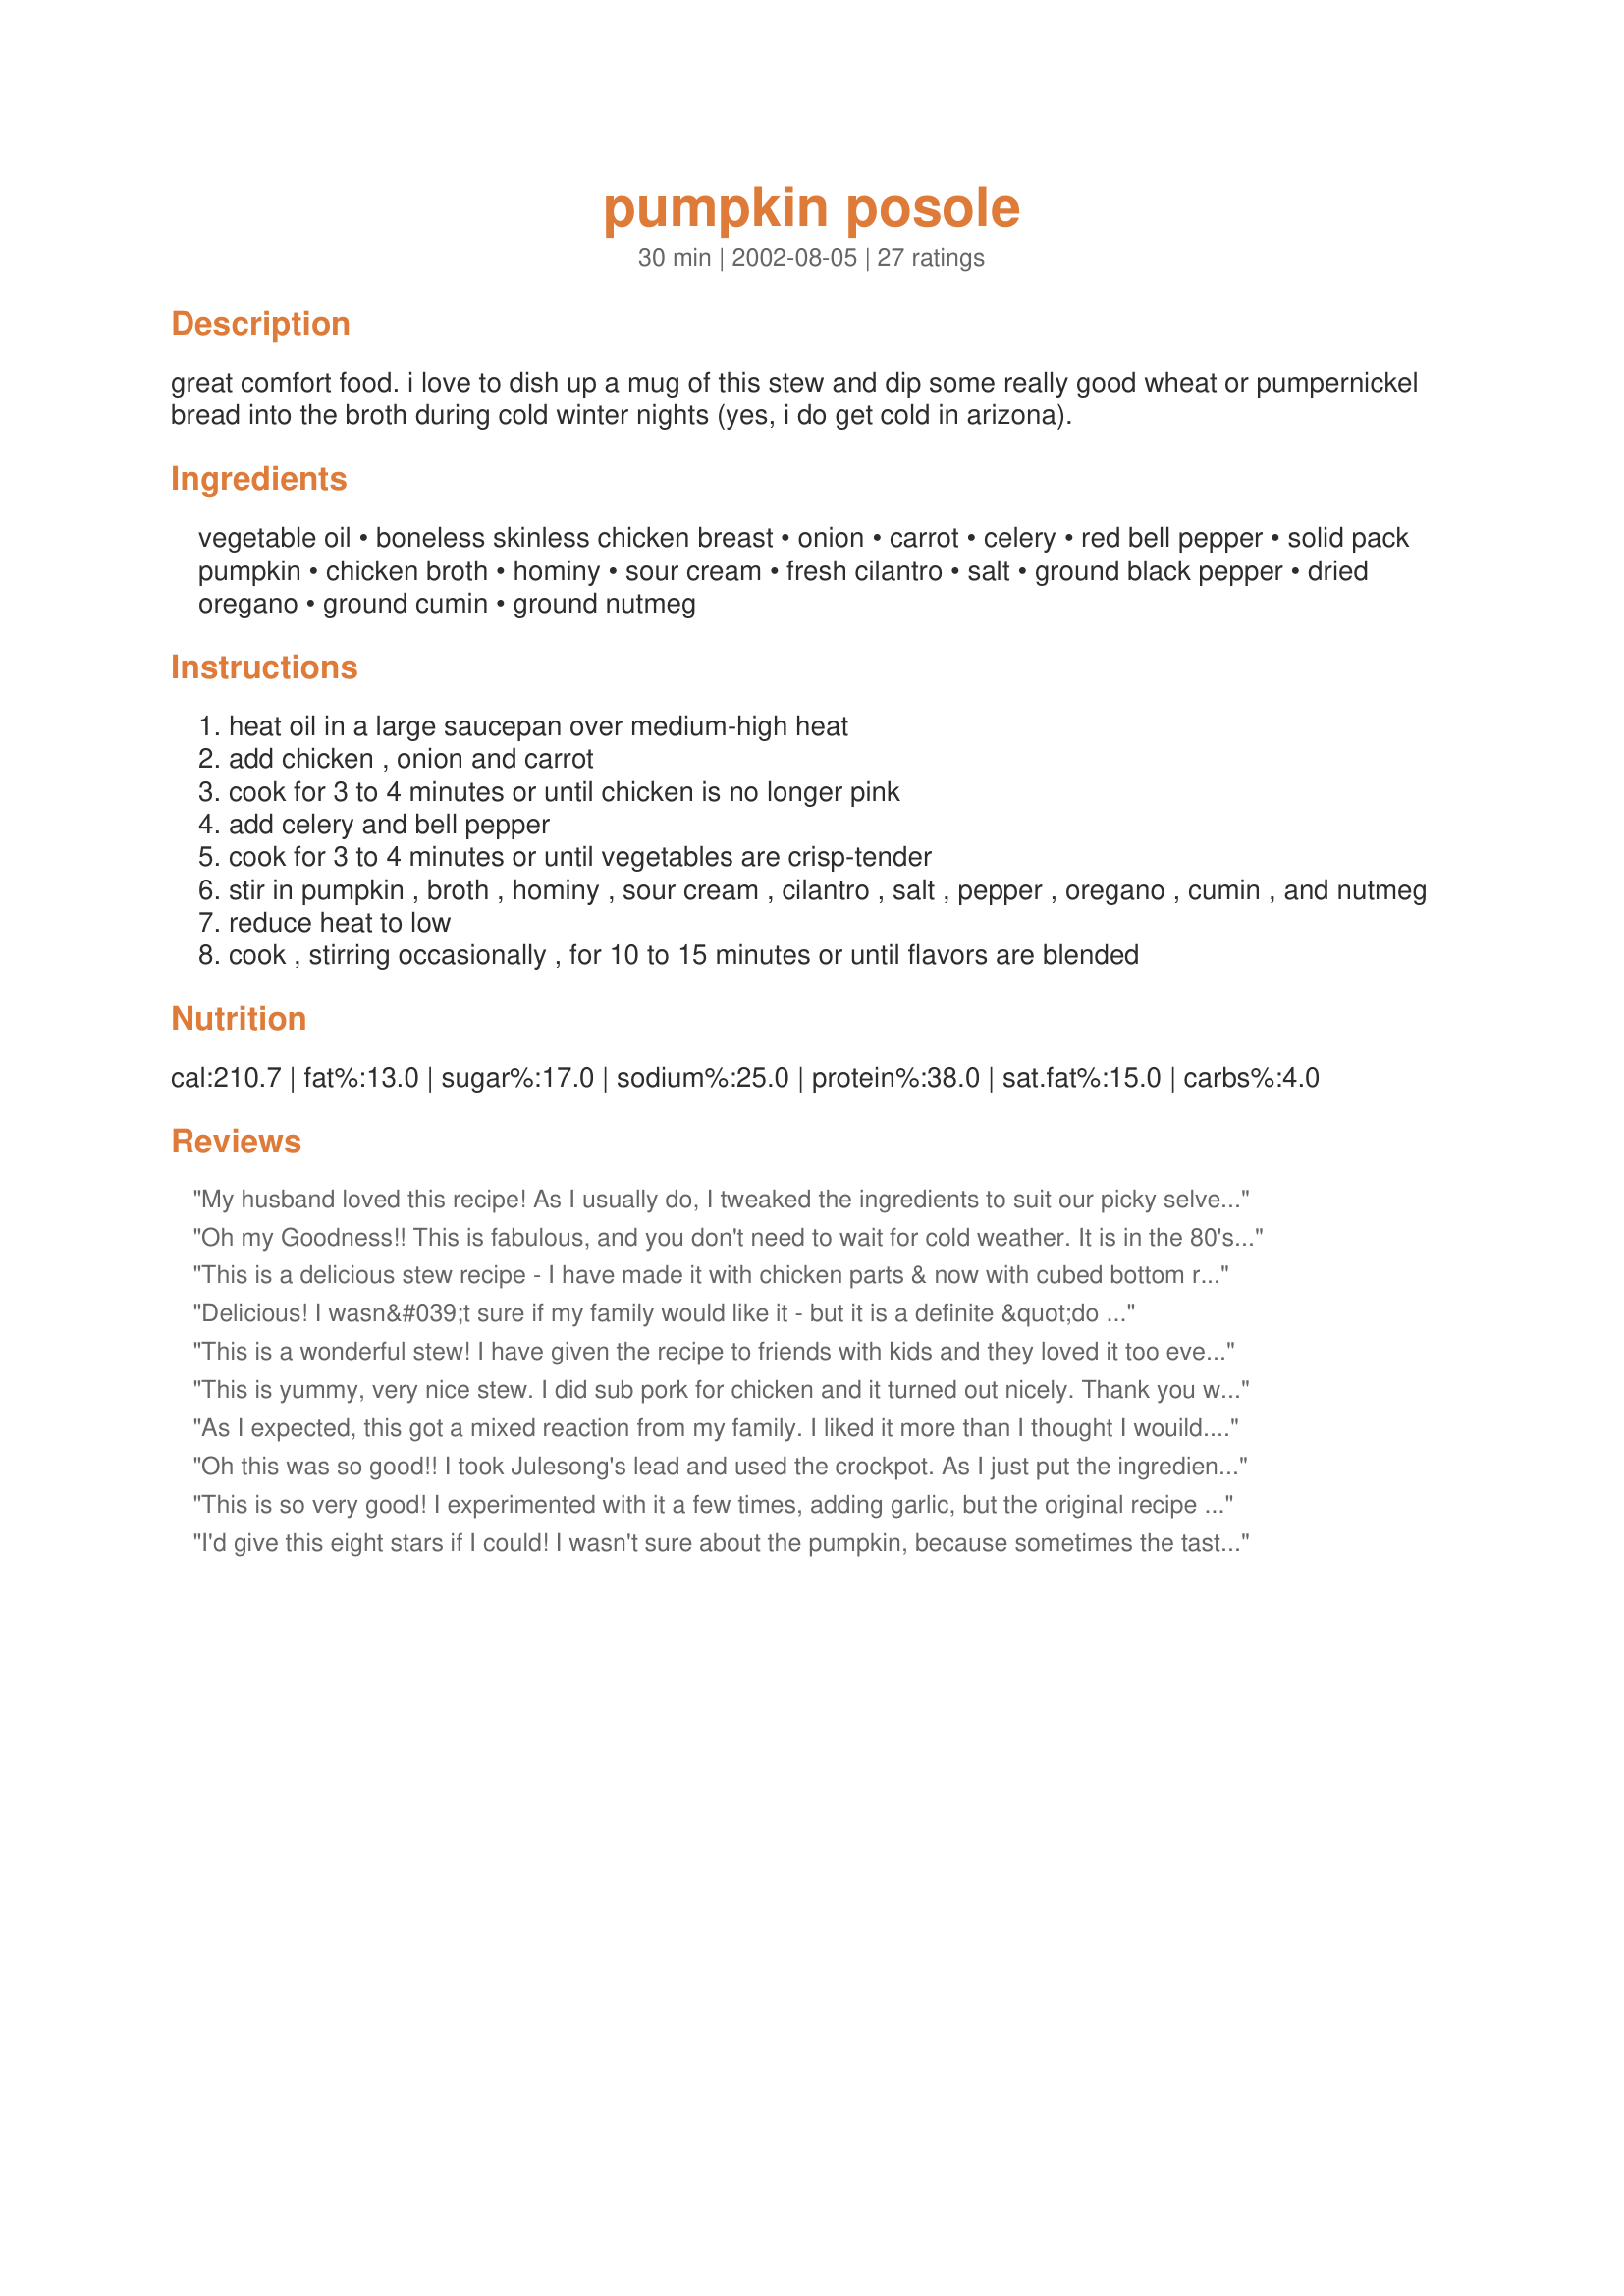
pumpkin posole
Preparation time: 30 minutes

great comfort food. i love to dish up a mug of this stew and dip some really good wheat or pumpernickel bread into the broth during cold winter nights (yes, i do get cold in arizona).

Ingredients:
vegetable oil, boneless skinless chicken breast, onion, carrot, celery, red bell pepper, solid pack pumpkin, chicken broth, hominy, sour cream, fresh cilantro, salt, ground black pepper, dried oregano, ground cumin, ground nutmeg

Steps:
heat oil in a large saucepan over medium-high heat
add chicken , onion and carrot
cook for 3 to 4 minutes or until chicken is no longer pink
add celery and bell pepper
cook for 3 to 4 minutes or until vegetables are crisp-tender
stir in pumpkin , broth , hominy , sour cream , cilantro , salt , pepper , oregano , cumin , and nutmeg
reduce heat to low
cook , stirring occasionally , for 10 to 15 minutes or until flavors are blended

Reviews:
My husband loved this recipe! As I usually do, I tweaked the ingredients to suit our picky selves. The recipe didn't need much changing; I didn't use any chicken, and I left out the sour cream. Also, when the soup was finished cooking, I pureed half of it with my hand blender to make it nice and creamy and thick. I loved the cilantro and used some for a garnish, as well as quick a few healthy dashes of hot sauce. I know my husband will be asking for this again.
Oh my Goodness!! This is fabulous, and you don't need to wait for cold weather. It is in the 80's in Florida and I have a big pot of Pumpkin Pasole on my stove. We have been "sampling" it for the last 10 minutes waiting for it to simmer as directed. This will be a favorite of ours. Thanks
from Carole in Orlando
This is a delicious stew recipe - I have made it with chicken parts & now with cubed bottom roast (DH ate the chicken I was going to use). Using beef & beef stock made for a wonderful filling stew - I did add about a cup of canned diced tomato after browning the beef & both times increased the fresh ground cumin to about 1 1/2- 2 t. The nutmeg is a surprisingly delicious addition - it really is nice. Left out the sour cream as I want to avoid the curdling risk when re-heating & am avoiding the calories. We love pumpkin - a great source of vitamins & fiber. Thank you Amber of AZ! We will use this recipe (& rifts there of) often!
Delicious! I wasn&#039;t sure if my family would like it - but it is a definite &quot;do over&quot;. I didn&#039;t really measure anything, just kind of eyeballed. I also had to substitute corn for hominy, and didn&#039;t have any cilantro either. I definitely will try again with the hominy &amp; cilantro. Thanks for the recipe.
This is a wonderful stew! I have given the recipe to friends with kids and they loved it too even after turning up their noses at pumpkin. 

I have substituted yoghurt with good results and also made it with sweet potatoes rather than pumpkin and love it that way too.

Thank you so much for this recipe.
This is yummy, very nice stew. I did sub pork for chicken and it turned out nicely. Thank you will be making this again.
As I expected, this got a mixed reaction from my family. I liked it more than I thought I wouild. I made very minor adjustments in seasonings. The kids thought the color was just too strange and couldn't get past it. I would make this again just for me when I want something different. Thanks for posting.
Oh this was so good!! I took Julesong's lead and used the crockpot. As I just put the ingredients in the slow cooker I omitted the oil (as things were not first browned). I was a little fluid in measurements (less celery but more carrots) and I swapped a green pepper for red as I didn't have any red (and they were $7.81 a pound at the health food store today! Granted that is higher then the regular grocery store but really!). I loved the mouth feel that the hominy gave and I will probably use it in more dishes. I used fat free sour creme which worked just fine. Next time I may tone down the cilantro just a pinch, but it was so good that I don't think that is a necessity. Really warm comforting stuff. I served it with green onion biscuits and it was well received by the whole family. Thanks so much!!
This is so very good! I experimented with it a few times, adding garlic, but the original recipe is still the best to me. When I serve it I add a dollup of sour cream and some more cilantro, some serrano pepper slices and some avacado and squeeze of lime as recommended. I crave this stuff!
I'd give this eight stars if I could! I wasn't sure about the pumpkin, because sometimes the taste is overpowering, but this ROCKED! The pumpkin lent a richness, and a glorious color, but otherwise we couldn't taste it. 
 I made it last night, and I'm making it again today before the the rest of the cilantro goes bad.....gonna freeze it. 
 I used yogurt instead of sour cream, but otherwise followed it to a T. YUM YUM YUM!
made this for my pumpkin feast I do every halloween, and it was a sensation!, everone loved it. I didnt have any homeny for I just left it out, and I used Ground chicken instead of Pieces. FOlks are still asking me for the recipe, THanks for your submission of this great recipe
I made this stew on a cold damp rainy day and it was everything your description said it was. Very warming and delicious stew. Thank you Amber for sharing the recipe
Felt like it was missing something...I didn't put bell pepper (DH doesn't like it), but did everything else. Added a bit more pepper and cumin. It tasted much better with some Tapatio, though. I might doctor it up for burritos...add some chiles, canned tomatoes (like other posters)...? I don't know...
I don't have hominy in my pantry supplies and subbed in corn and used parsley. It was an okay dish.
We LOVED this pozole! My niece doesn't eat pumpkin, but she loved this, and asked for leftovers to take home! WOW! We added sliced radishes and shredded cabbage at serving and lots of lime, too! That's pozole for us, so we couldn't help ourselves. YUM! Thank you Amber for a recipe that really suits our family!
Very good! I just added a few dashes more of cumin and a bit of chili powder while cooking, and then some fresh jalapeno and extra cilantro on top as served.I just like things spicy! Very comforting. Oh and I didnt seem to have enough chicken so I threw in some extra hominy and about a half cup or so black beans. Turned out really good!
WOW what a hit this was!
Everyone loved it. I used the crockpot method and it was so easy and I didn't have to brown the chicken first. I used freshly cooked pumpkins so I had some puree as well as 1cup of diced pumpkin (adds some color to it too). I forgot to add the sour cream after, but it didn't need it anyways.. still delicious. Thank you very much, we will be making this again. =)
This was really good, but it felt like it was missing something (a spice??). I also felt that the sour cream was unneccessary, so I will leave it out next time. My husband and I just LOVED the hominy -- it really added something special. We will make this one again in the slowcooker and experiment with new spices.
My son found this recipe, as he wanted to use a squash he'd bought. I cooked the squash in the microwave, and diced half, to use in the recipe. We added 2 small poblanos from our garden along with other veggies. I stirred a carton of greek yogurt in for the sour cream; however it didn't do much. We added a spoonful onto each bowl and garnished with more cilantro. Paired nicely with a pumpkin ale and some hearty bread. Great stew.
Yummers! I added some pickled jalapeno and liquid from the jar for a little heat.
Wow, this is yummy! :) I cooked it in a crockpot on high for 4 1/2 hours (putting it all in at once, except for the sour cream and cumin added in the last 30 minutes). I didn't have celery, so I used fennel (cooked texture is very similar). I added a can of Rotel tomatoes. This is a recipe we'll be making again!!
Giving it 3 stars for the nutritional value but as far as flavor, we thought it was very bland. I followed the recipe exactly as written &amp; used parsley for the sub. for cilantro. Sorry but this crew just thought it was tasteless.
A tasty dish, definitely different. A few tweeks-simmered 30 minutes for vegetables to fully soften (I cut them chunky). Increased cumin to 3/4 t and upped the salt and pepper for our taste.
Fabulous! My 13-year-old son ate it three times in one day. I didn't tell him it had pumkin in it though :)
YUM!!! I didn't have hominy or chicken broth...but substituted with cream of chicken soup and nixed the sour cream. I added Paprika and Ginger....this is delicious! My husbands had 3 bowls!!
Good for using chicken, and also some spicy pumpkin soup both of which I had I had leftover, so didn't add the chicken stock. Unfortunately I still thought it was a bit bland and had to add quite a bit more mexican seasoning to it, a couple dried lime peels (ie the zest but in big peels and air-dried) plus a home dried, smoked jalapeno chili. I also added some chopped fresh tomatoes - only because they were a tad past their best. And we don't have hominy in Scotland, so added sweetcorn at the end. I think the sour cream and fresh coriander (cilantro) are essential. A solid 3.5 score.
DEEEELICIOUS! I loved it! It filled our house with a comforting aroma. I took a picture before we ate it, and my mouth was watering. The steaming bowl was just sitting under my nose tempting me to eat it first and take a picture of whatever was left. Luckily I was able to hold out. <br/>I chose the crock pot method, but I added the cumin in the begining (by accident) with everything but the sour cream. Also, I added more cilantro (a weakness of mine), broth and red peppers. I added a few dashes of chili powder to add a little spice. I chose to use boneless, skinless chicken thighs. I put them in whole and frozen & broke them into bite-size pieces right before I added the sour cream.<br/>When I did add the sour cream in the last half hour, I only added half of what the recipe calls for. I added the remainder as dollops in each bowl, garnished with some more chopped cilantro.<br/>We made biscuit nuggets (recipe to be posted shortly) and dipped them in the soup. AWESOME combo!<br/>I have 3 daughters and they all loved it! My 11 y.o. asked if she could take some to school for lunch the next day, adding "if there's any left over". My 3 y.o. decided she liked to scoop the soup with the cooked onions as if they were chips and dip (she's never liked onions before) better than she liked eating it with a spoon. And my 2 y.o. was speechless. She was too busy chowing down to talk! I'd say that's 5 stars from each of us.<br/>Thank you sooo much for sharing this recipe! I will be making this again. And again. And again.
